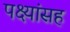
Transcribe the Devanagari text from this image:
पक्ष्यांसह